Vana-Kasaritsa_(Kasaritsa)_vallavalitsus, lk 38
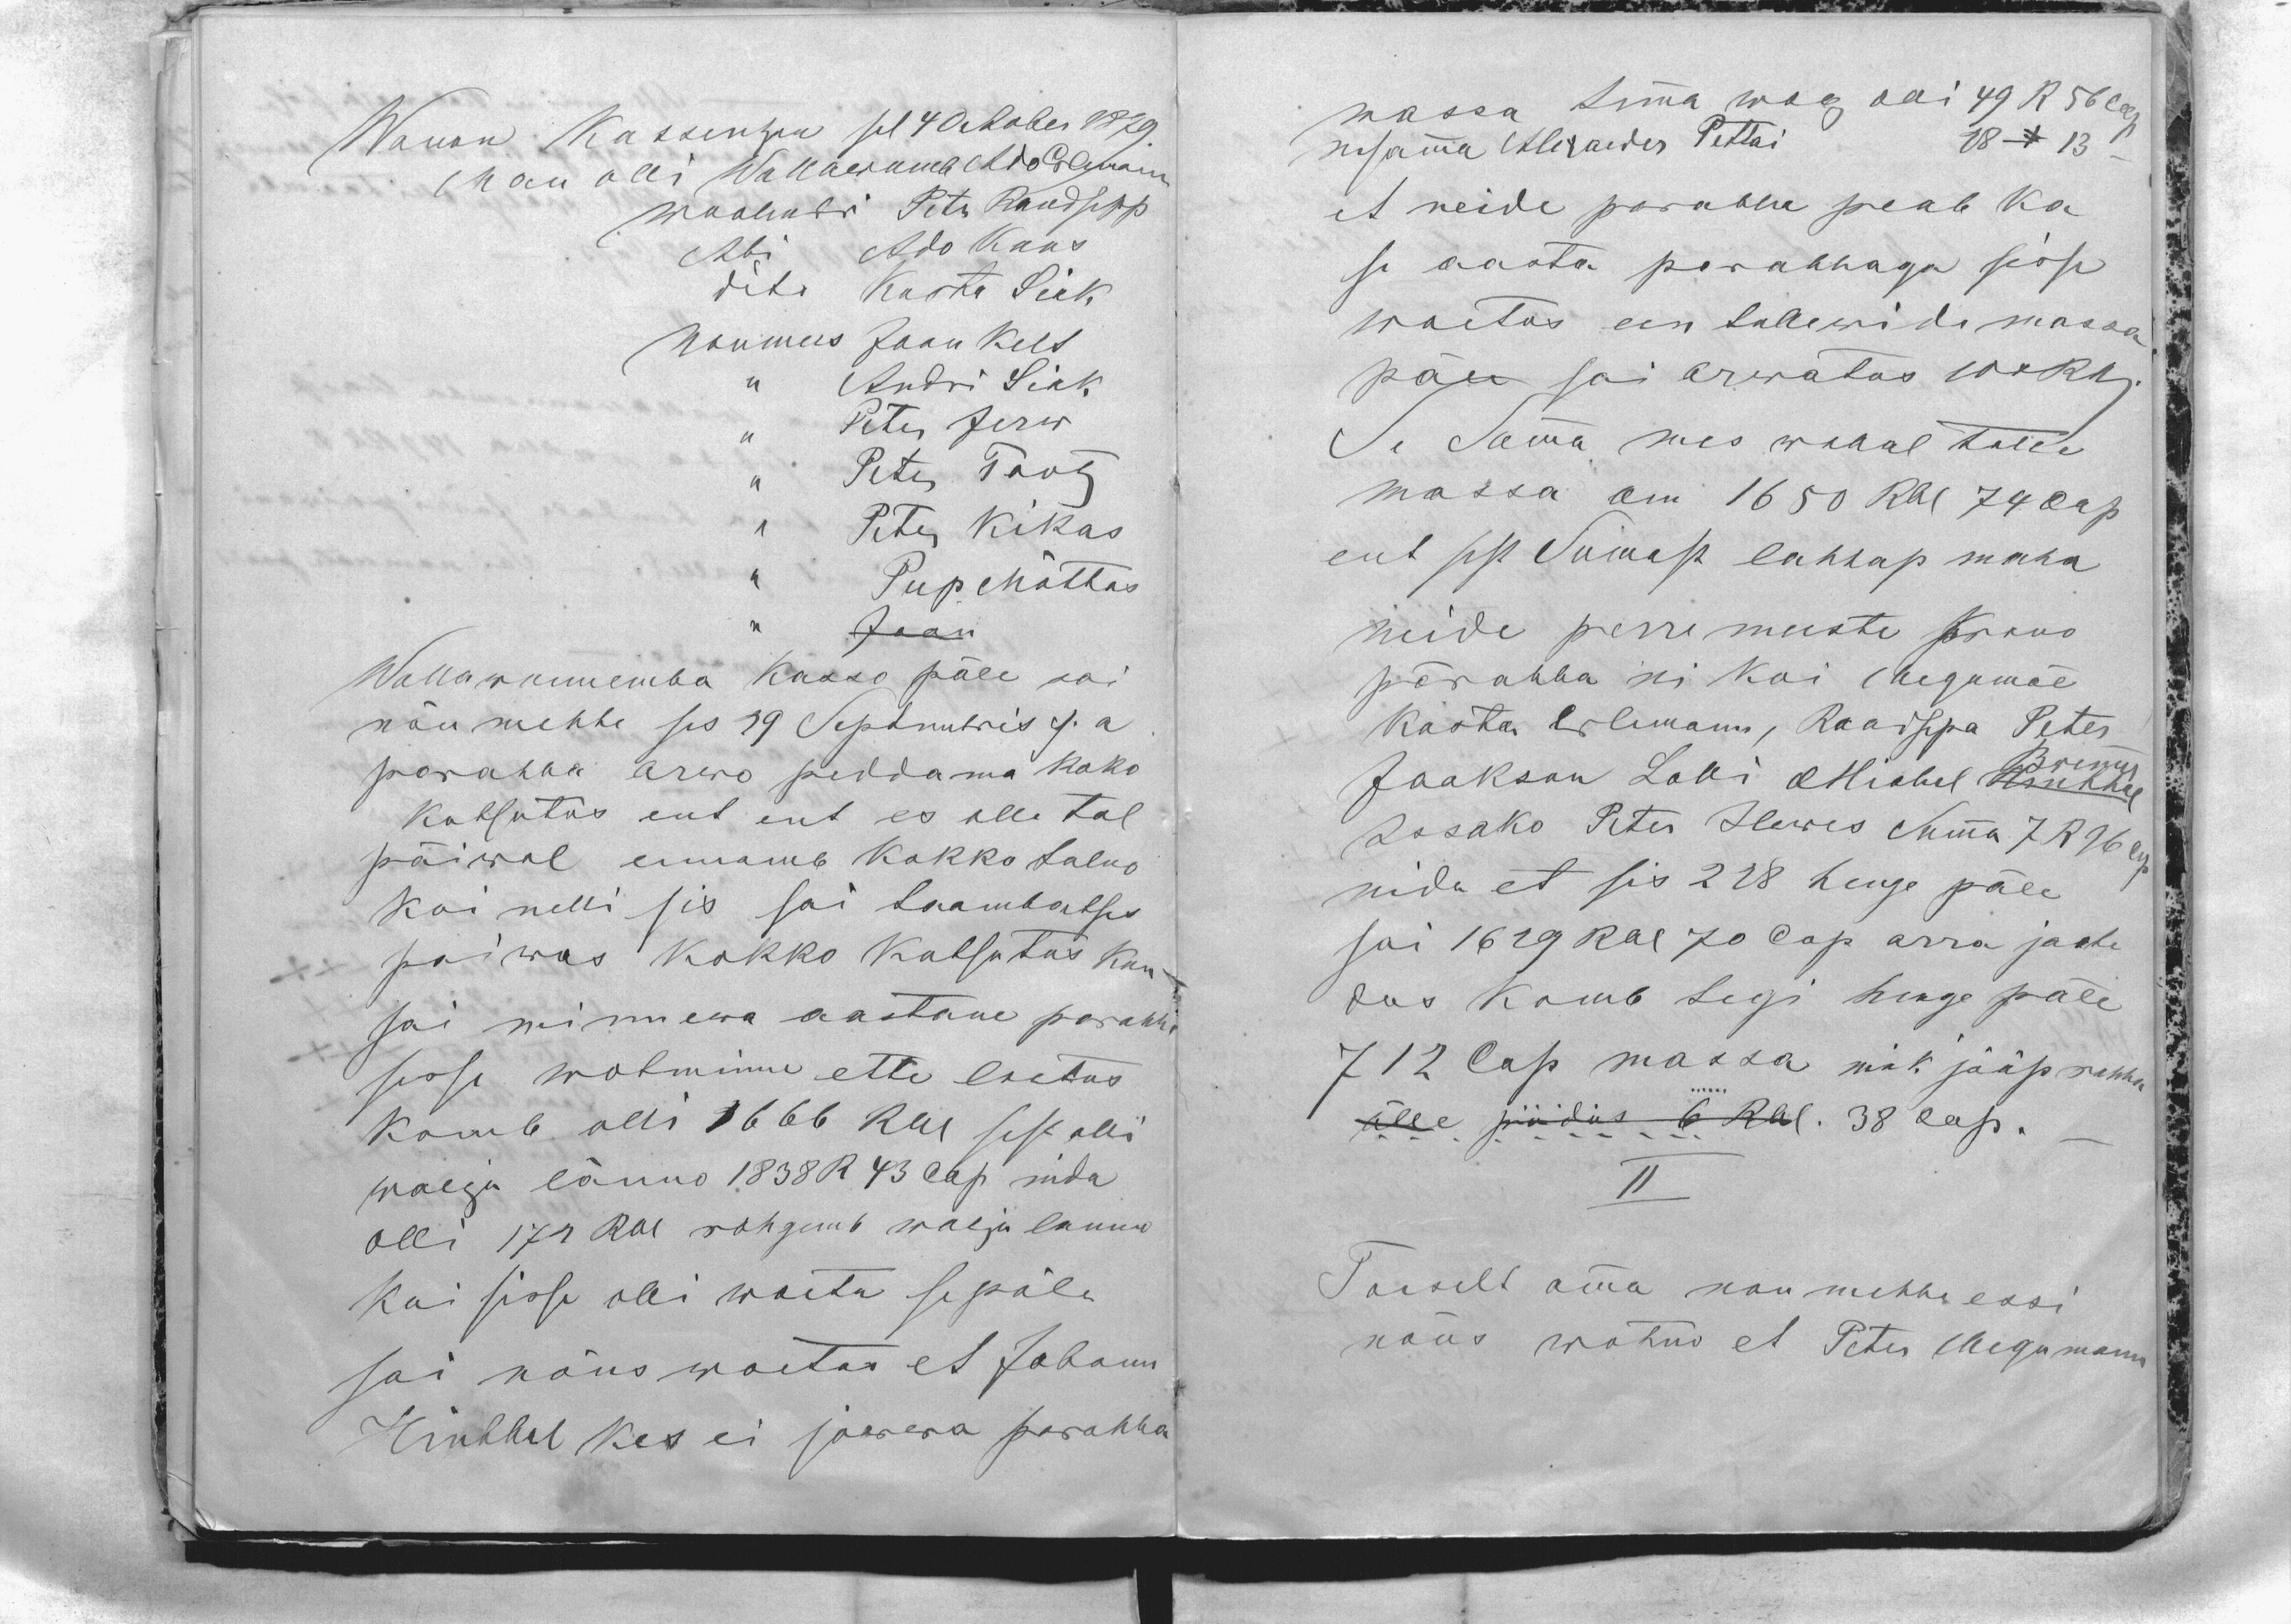
Wanan Kasseritzan sel 4 October 1879.
Man olli Wallawamb Ado Erlemann
woolmdri Peter Raudsepp
Abi Ado Kuus
dito Kusta Sick
Noumees Jaan Kelt
,, Andri Sick
,, Peter Jerw
,, Peter Tootz
,, Peter Kikas
,, Peep Mõttus
,, Jaan
Wallawannemba kasso päle sai
nõu mehhe ses 29 Septembris s.a
parahha arwo peddama koko
kutsutus ent ent es olle tol
päiwal ennamb kokko tulno
kui nelli sis sai taambatses
paiwas kokko kutsutus kun
sai minnewa aastane parahha
sisse wotminne ette loetus.
Komb olli 1666 Rbl sest olli
wolgu länno 1838 R 43 cop nida
olli 172 Rbl rohgemb walja lanno
kui sisse olli woetu sepäle
sai nõus woetas et Johann
Hinthal kes ei jowwa parahha

massa temma wolg olli 49 R 56 cop
nisamma Alexander Pettai 28 - 13 -
et neide parahha peab ka
se aasta parahhaga sisse
woetus een tallewide massa
päle sai arwatas 10o Rb.
Se Summa mes wallal tulle
massa om 1650 Rbl 74 cop
ent sest Sumast lahhap maha
neide perremeeste Krono
pärahha ni kui Megomäe
Kusta Erlemann, Raudsepa Peter
Jaakson Loki Michel Hinthal
Brenner
Issako Peter Illwes Summa 7 R 96 cop
nida et sis 228 henge päle
sai 1629 Rbl 70 Cop arra jaote
dus komb tegi henge päle
712 Cop massa nink jääp rahha
ülle pudus 6 Rbl. 38 kop.-
II
Toiselt omma nou mehhe essi
nõus wõtno et Peter Megomann